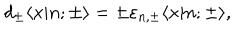
LaTeX: d _ { \pm } \langle x | n ; { \pm } \rangle = \pm \varepsilon _ { n , { \pm } } \langle x | n ; { \pm } \rangle ,